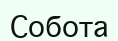
Собота